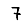
Digit: 7